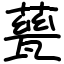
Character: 甆